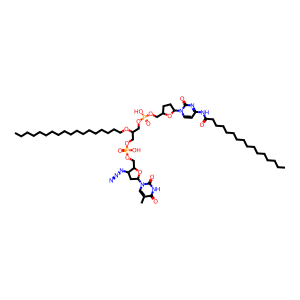
SMILES: CCCCCCCCCCCCCCCCCCOC(COP(=O)(O)OCC1CCC(n2ccc(NC(=O)CCCCCCCCCCCCCCC)nc2=O)O1)COP(=O)(O)OCC1OC(n2cc(C)c(=O)[nH]c2=O)CC1N=[N+]=[N-]
Inhibits HIV replication: Yes